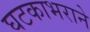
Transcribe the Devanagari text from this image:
घटकाभराने